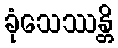
ခုံသေဿန္တိ